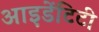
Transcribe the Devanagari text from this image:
आइ़डेंटिटी